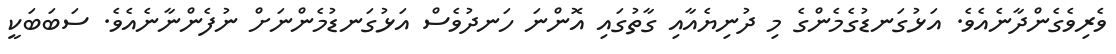
ވެރިވެގެންދާނެއެވެ. އަޅުގަނޑުގެމެންގެ މި ދުނިޔެއާއި ގާތުގައި އޮންނަ ހަނދުވެސް އަޅުގަނޑުމެންނަށް ނުފެންނާނެއެވެ. ސަބަބަކީ